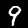
Digit: 9